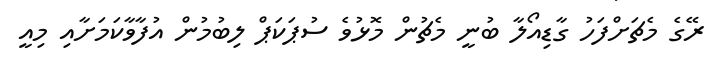
ރޭގެ މެޗަށްފަހު ގާޑިއޯލާ ބުނީ މެޗުން މޮޅުވެ ސުޕަކަޕް ލިބުމުން އުފާވާކަމަށާއި މިއީ